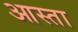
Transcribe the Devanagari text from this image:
आस्ता